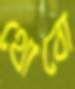
থোবো